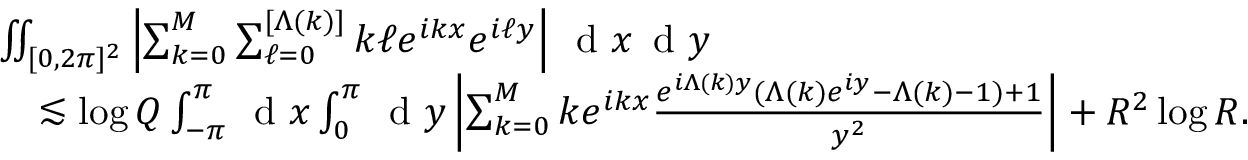
\begin{array} { r l } & { \iint _ { [ 0 , 2 \pi ] ^ { 2 } } \left\vert \sum _ { k = 0 } ^ { M } \sum _ { \ell = 0 } ^ { [ \Lambda ( k ) ] } k \ell e ^ { i k x } e ^ { i \ell y } \right\vert \, \textnormal { d } x \, \textnormal { d } y } \\ & { \quad \lesssim \log Q \int _ { - \pi } ^ { \pi } \, \textnormal { d } x \int _ { 0 } ^ { \pi } \, \textnormal { d } y \left\vert \sum _ { k = 0 } ^ { M } k e ^ { i k x } \frac { e ^ { i \Lambda ( k ) y } ( \Lambda ( k ) e ^ { i y } - \Lambda ( k ) - 1 ) + 1 } { y ^ { 2 } } \right\vert + R ^ { 2 } \log R . } \end{array}